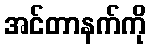
အင်တာနက်ကို